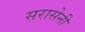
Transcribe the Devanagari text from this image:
सरासेनी